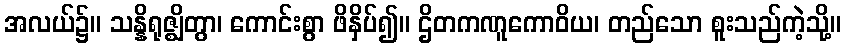
အလယ်၌။ သန္နိရုဇ္ဈိတွာ၊ ကောင်းစွာ ဖိနှိပ်၍။ ဌိတကဏူကောဝိယ၊ တည်သော စူးသည်ကဲ့သို့။